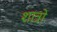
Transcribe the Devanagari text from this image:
शात्रो